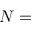
N =